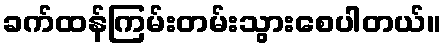
ခက်ထန်ကြမ်းတမ်းသွားစေပါတယ်။